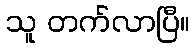
သူ တက်လာပြီ။